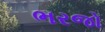
ભરજો